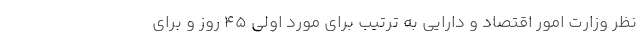
نظر وزارت امور اقتصاد و دارايي به ترتيب براي مورد اولي 45 روز و براي